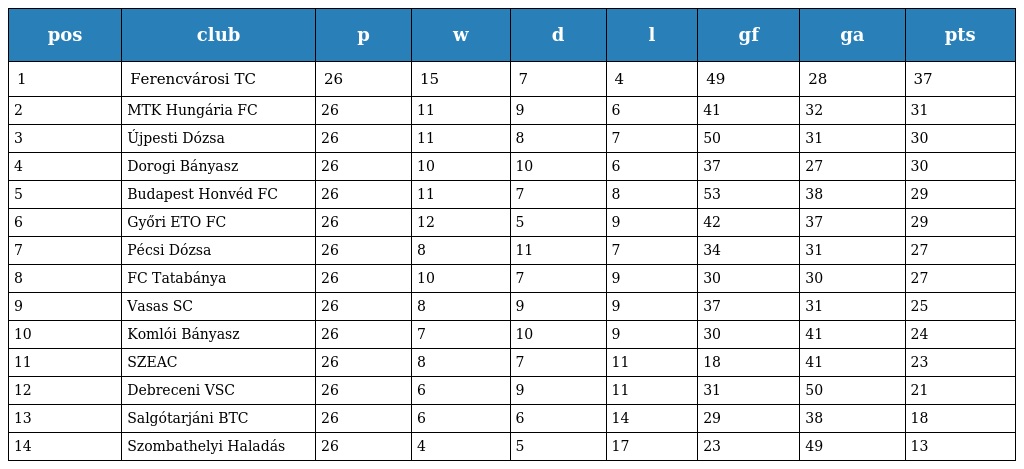
| pos | club | p | w | d | l | gf | ga | pts |
 | --- | --- | --- | --- | --- | --- | --- | --- | --- |
 | 1 | Ferencvárosi TC | 26 | 15 | 7 | 4 | 49 | 28 | 37 |
 | 2 | MTK Hungária FC | 26 | 11 | 9 | 6 | 41 | 32 | 31 |
 | 3 | Újpesti Dózsa | 26 | 11 | 8 | 7 | 50 | 31 | 30 |
 | 4 | Dorogi Bányasz | 26 | 10 | 10 | 6 | 37 | 27 | 30 |
 | 5 | Budapest Honvéd FC | 26 | 11 | 7 | 8 | 53 | 38 | 29 |
 | 6 | Győri ETO FC | 26 | 12 | 5 | 9 | 42 | 37 | 29 |
 | 7 | Pécsi Dózsa | 26 | 8 | 11 | 7 | 34 | 31 | 27 |
 | 8 | FC Tatabánya | 26 | 10 | 7 | 9 | 30 | 30 | 27 |
 | 9 | Vasas SC | 26 | 8 | 9 | 9 | 37 | 31 | 25 |
 | 10 | Komlói Bányasz | 26 | 7 | 10 | 9 | 30 | 41 | 24 |
 | 11 | SZEAC | 26 | 8 | 7 | 11 | 18 | 41 | 23 |
 | 12 | Debreceni VSC | 26 | 6 | 9 | 11 | 31 | 50 | 21 |
 | 13 | Salgótarjáni BTC | 26 | 6 | 6 | 14 | 29 | 38 | 18 |
 | 14 | Szombathelyi Haladás | 26 | 4 | 5 | 17 | 23 | 49 | 13 |